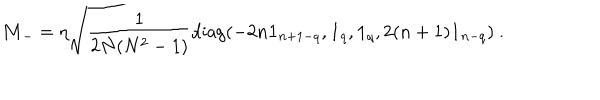
{ \bf M } _ { - } = \eta \sqrt { \frac { 1 } { 2 N ( N ^ { 2 } - 1 ) } } \mathrm { d i a g } ( - 2 n { \bf 1 } _ { n + 1 - q } , { \bf 1 } _ { q } , { \bf 1 } _ { q } , 2 ( n + 1 ) { \bf 1 } _ { n - q } ) \ .